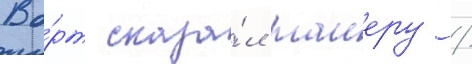
Во́рт сказа́л таиеру /